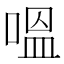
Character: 嗢